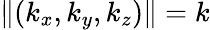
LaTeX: \| (k_{x},k_{y},k_{z})\| =k